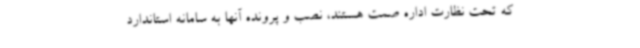
که تحت نظارت اداره صمت هستند، نصب و پرونده آنها به سامانه استاندارد